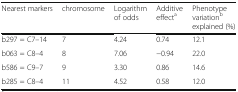
<table><thead><tr><td><b>Nearest markers</b></td><td><b>chromosome</b></td><td><b>Logarithm of odds</b></td><td><b>Additive effect<sup>a</sup></b></td><td><b>Phenotype variation<sup>b</sup>explained (%)</b></td></tr></thead><tbody><tr><td>b297 = C7–14</td><td>7</td><td>4.24</td><td>0.74</td><td>12.1</td></tr><tr><td>b063 = C8–4</td><td>8</td><td>7.06</td><td>−0.94</td><td>22.0</td></tr><tr><td>b586 = C9–7</td><td>9</td><td>3.30</td><td>0.86</td><td>14.6</td></tr><tr><td>b285 = C8–4</td><td>11</td><td>4.52</td><td>0.58</td><td>12.0</td></tr></tbody></table>